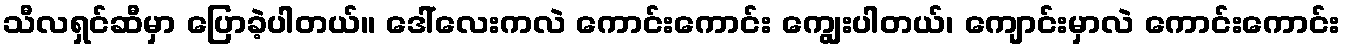
သီလရှင်ဆီမှာ ပြောခဲ့ပါတယ်။ ဒေါ်လေးကလဲ ကောင်းကောင်း ကျွေးပါတယ်၊ ကျောင်းမှာလဲ ကောင်းကောင်း